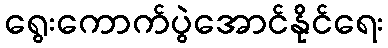
ရွေးကောက်ပွဲအောင်နိုင်ရေး